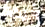
اتركنا